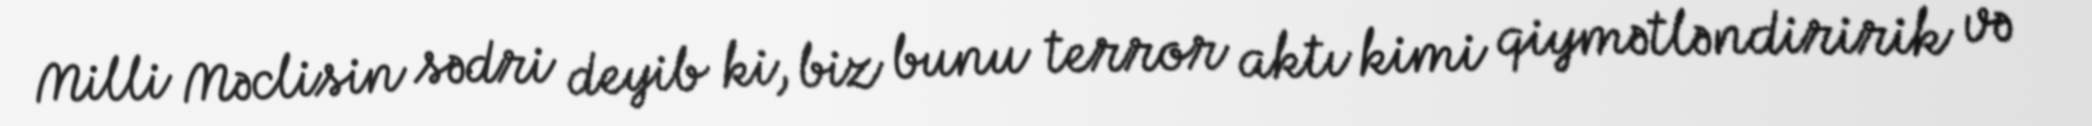
Milli Məclisin sədri deyib ki, biz bunu terror aktı kimi qiymətləndiririk və